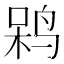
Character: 𲍹